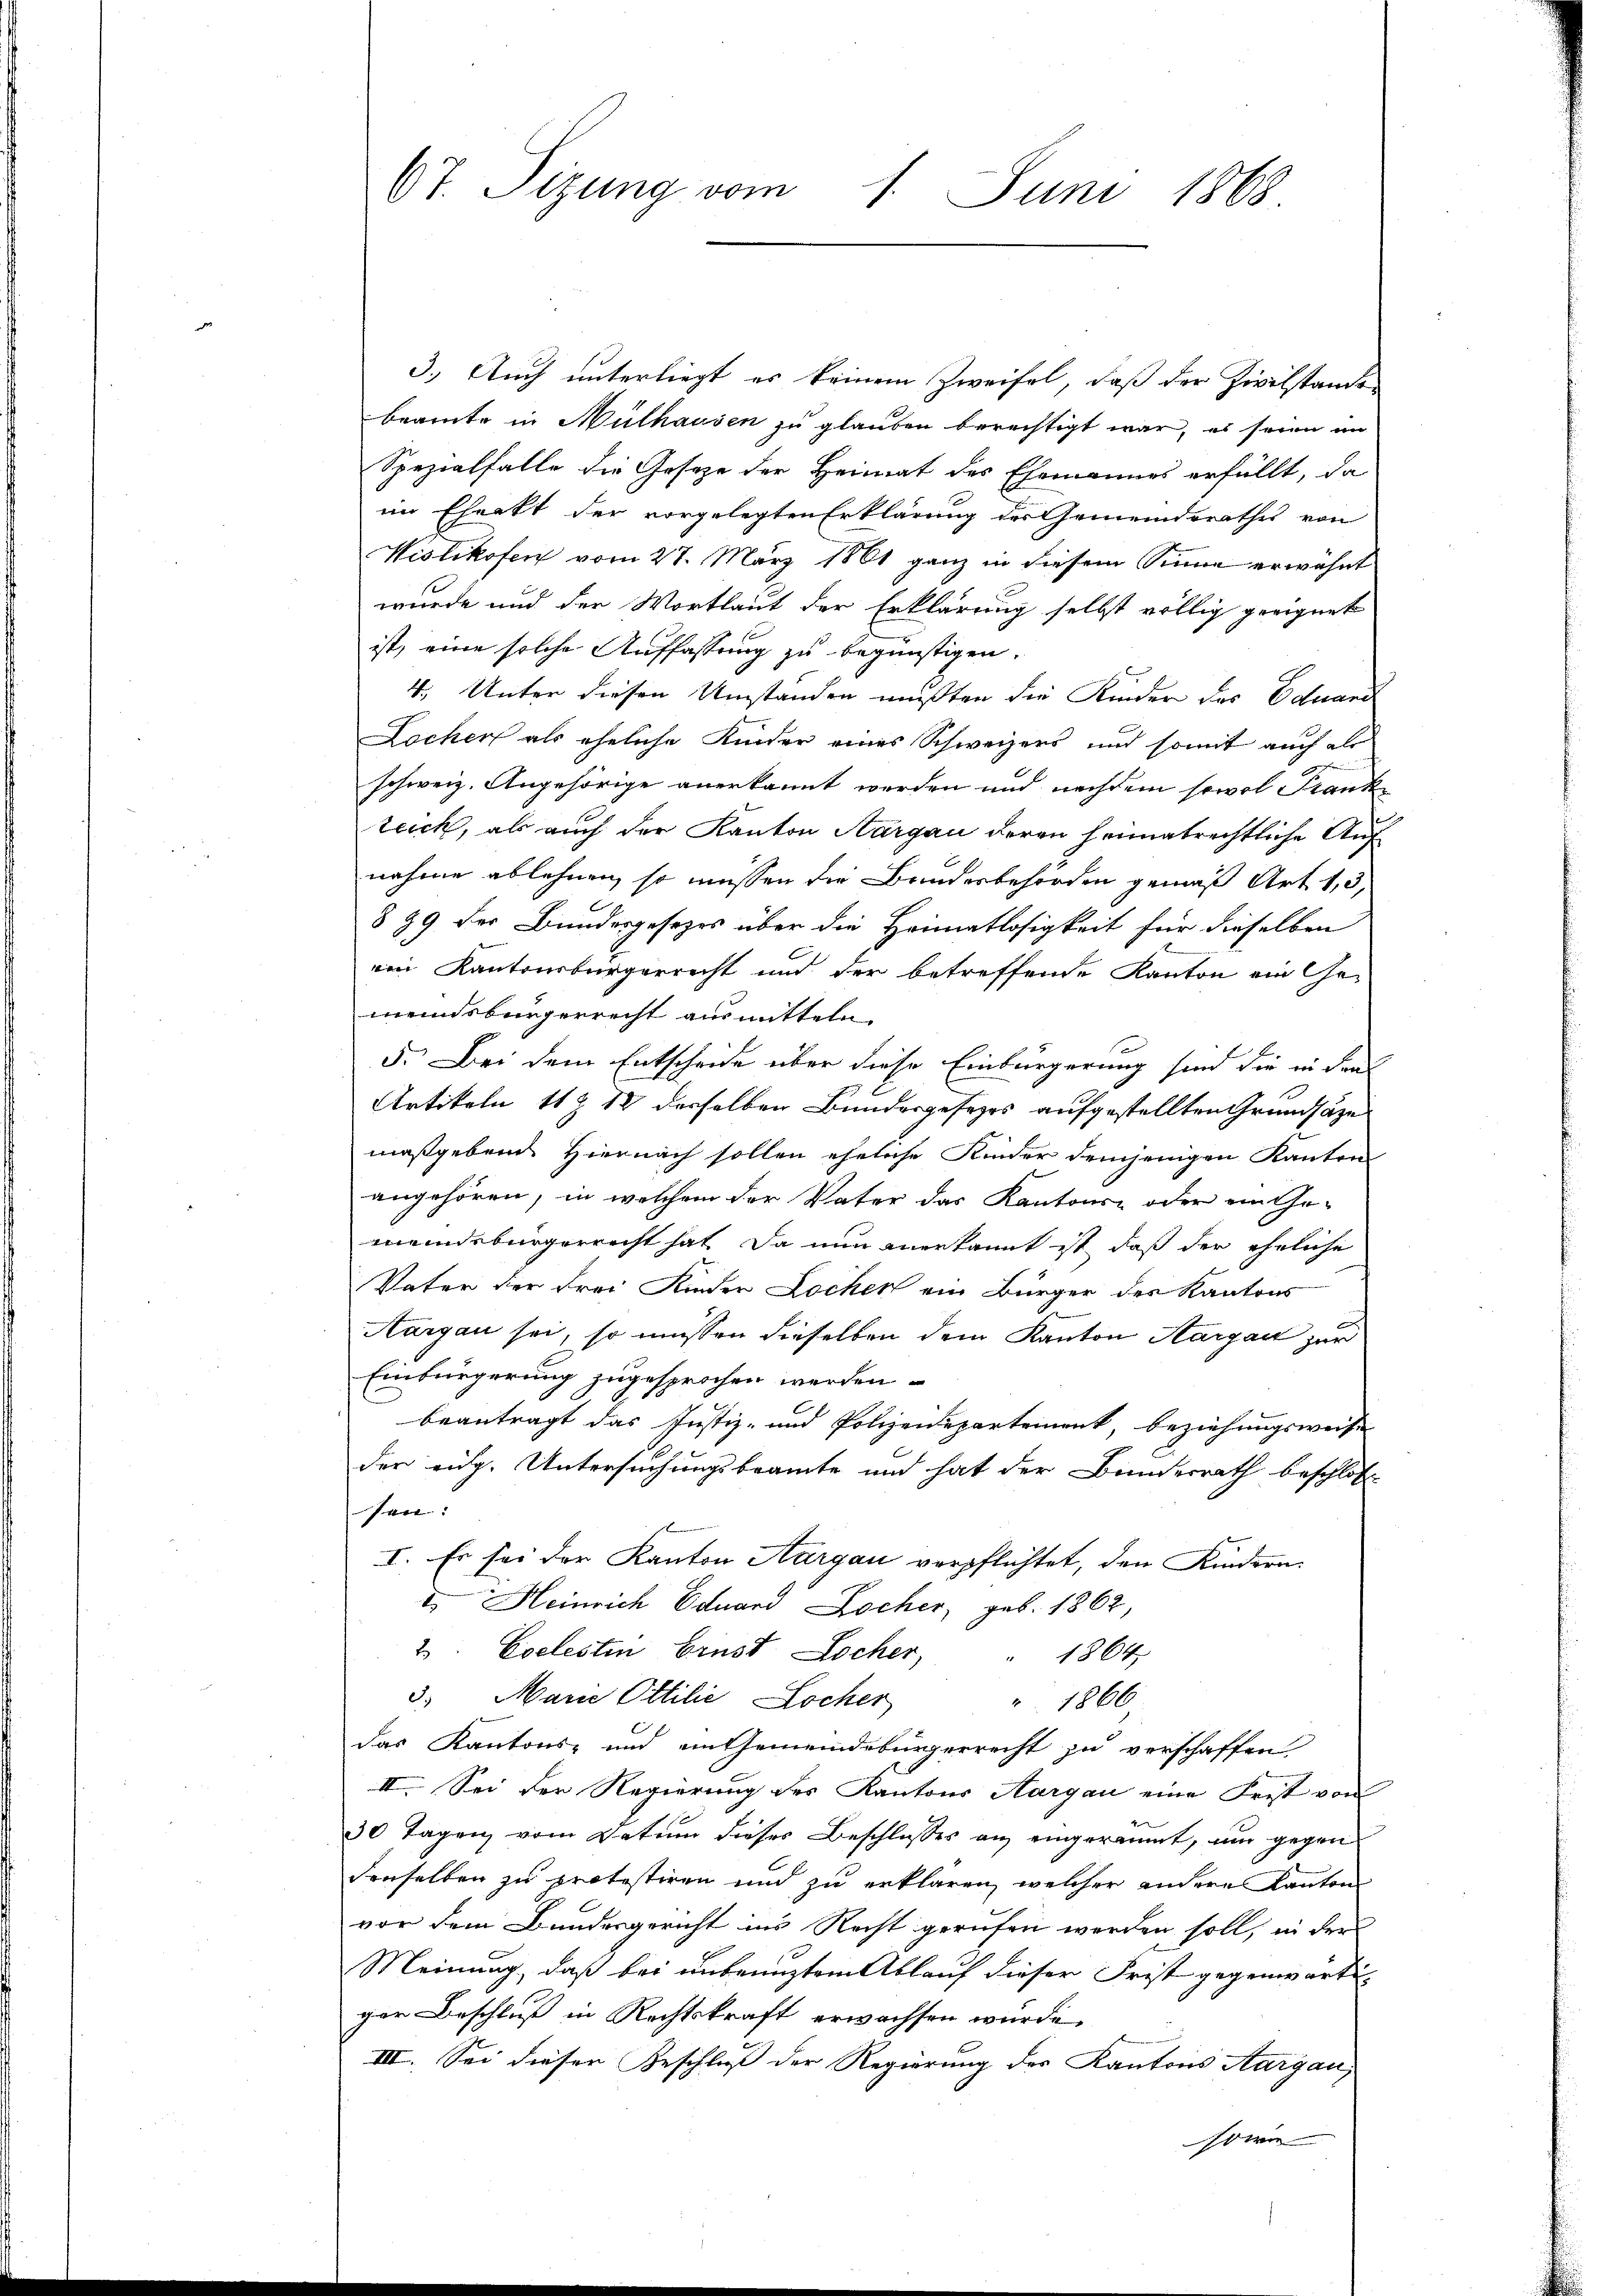
67. Sizung vom 1. Juni 1868.

3.) Auch unterliegt es keinem Zweifel, daß der Zivilstande
beamte in Mülhausen zu glauben berechtigt war, es seien im
Spezialfalle die Geseze der Heimat des Ehemannes erfüllt, da
im Ehenkt der vorgelegten Erklärung der Gemeindsrathes von
Wislikofen vom 27. März 1861 ganz in diesem Sinne erwähnt
wurde und der Wortlaut der Erklärung selbst völlig geeignet
ist, eine solche Auffassung zu begünstigen.
4. Unter diesen Umstanden mussten die Kinder des Eduard
Locher als eheliche Kinder eines Schweizers und somit auch als
u
g
schweiz. Angehörige anerkannt werden und nachdem sowol Franke
teich, als auch der Kanton Aargau deren heimatrechtliche Auf
nahme ablehnen, so müssen die Bundesbehörden gemäß Art. 1, 3,
§ 99 der Bundesgesezes über die Heimatlosigkeit für dieselben
ein Kantonsbürgerrecht und der betreffende Kanton ein Ge-
meindsbürgerrecht ausmitteln.
a
5. Bei dem Entscheide über diese Einbürgerung sind die in den
Artikeln 11 & 12 desselben Bundesgesezes aufgestellten Grundsätze
maßgebende Hiernach sollen eheliche Kinder demjenigen Kanton
angehören, in welchem der Vater das Kantons- oder ein Ge-
meindsbürgerrecht hat. Da nun anerkannt ist, daß der eheliche
Vater der Frei Kinder Lochen ein Bürger der Kantons
Aargau sei, so müssen dieselben dem Kanton Aargau zur
Einbürgerung zugesprochen werden.
beantragt das Justiz- und Polizeidepartement, beziehungsweise
der eig. Untersuchungsbeamte und hat der Bundesrath beschloss
sen:
I. Es sei der Kanton Aargau verpflichtet, den Kindern.
I. Heinrich Eduard Locher, geb. 1862,
2 Coelestin brust Locher " 1864
3. Marie Ottilie Locher
" 1866
das Kantons- und in Gemeindebürgerrecht zu verschaffen,
II. Sei der Regierung des Kantons Aargau eine Frist von
30 Tagen vom Datum dieses Beschlusses an eingeräumt, um gegen
denselben zu protestiren und zu erklären, welcher andere Kanton
vor dem Bundesgericht ins Recht gerufen werden soll, in der
Meinung, daß bei unbenuztem Ablauf dieser Frist gegenwärtiger Beschluß in Rechtskraft erwachsen wurde.
III. Sei dieser Geschluß der Regierung des Kantons Aargau,
sowie